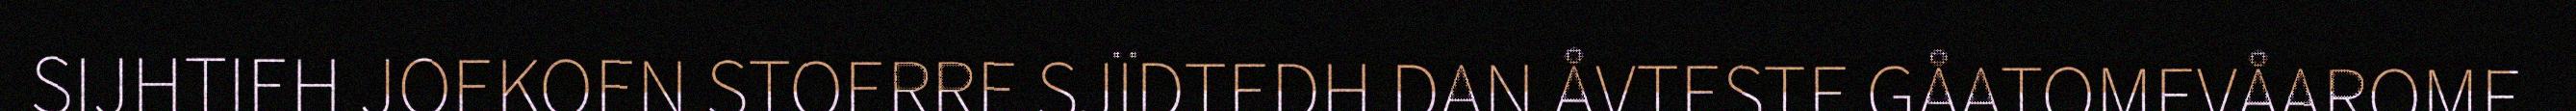
SIJHTIEH JOEKOEN STOERRE SJÏDTEDH DAN ÅVTESTE GÅATOMEVÅAROME